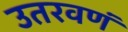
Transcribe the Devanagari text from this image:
उतरवणं